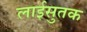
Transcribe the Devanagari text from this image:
लाईसुतक